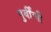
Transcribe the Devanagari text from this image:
पुर्वीची